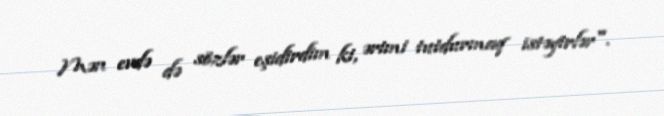
Mən evdə də sözlər eşidirdim ki, ərimi tutdurmaq istəyirlər".